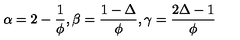
\alpha = 2 - { \frac { 1 } { \phi } } , \beta = { \frac { 1 - \Delta } { \phi } } , \gamma = { \frac { 2 \Delta - 1 } { \phi } }